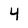
Character: 4